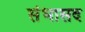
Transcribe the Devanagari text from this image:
संभासद